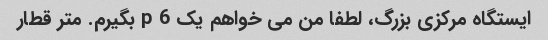
ایستگاه مرکزی بزرگ، لطفا من می خواهم یک 6 p بگیرم. متر قطار